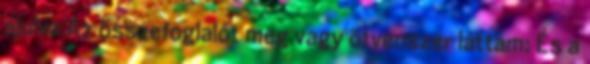
ájulva Az összefoglalót meg vagy ötvenszer láttam: És a